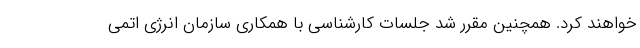
خواهند کرد. همچنین مقرر شد جلسات کارشناسی با همکاری سازمان انرژی اتمی